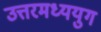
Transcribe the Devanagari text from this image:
उत्तरमध्ययुग